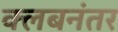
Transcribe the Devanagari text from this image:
क्लबनंतर